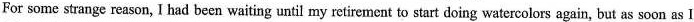
For some strange reason, I had been waiting until my retirement to start doing watercolors again, but as soon as I